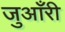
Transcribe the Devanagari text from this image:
जुआँरी